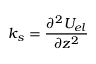
k _ { s } = \frac { \partial ^ { 2 } U _ { e l } } { \partial z ^ { 2 } }